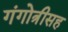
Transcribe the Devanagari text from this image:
गंगोत्रीसह